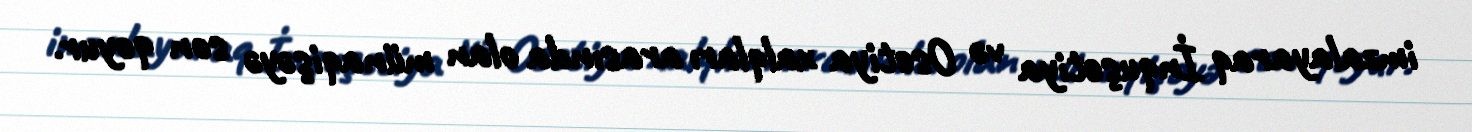
imzalayaraq İnquşetiya və Osetiya xalqları arasında olan münaqişəyə son qoyur.